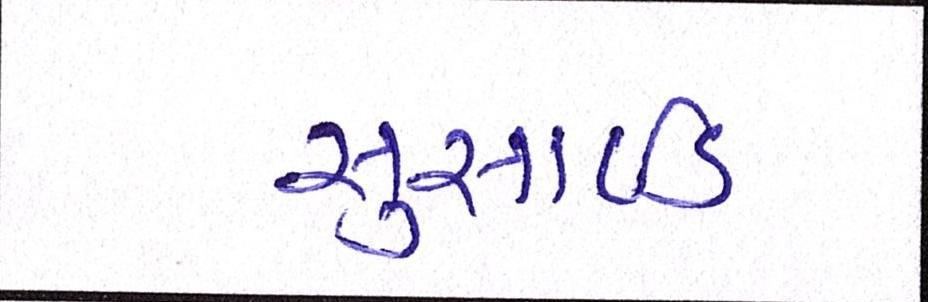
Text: સુસાઈડ